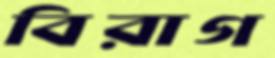
বিরাগ